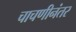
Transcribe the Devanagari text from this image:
चाचणीनंतर